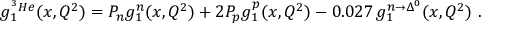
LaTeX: g _ { 1 } ^ { ^ 3 H e } ( x , Q ^ { 2 } ) = P _ { n } g _ { 1 } ^ { n } ( x , Q ^ { 2 } ) + 2 P _ { p } g _ { 1 } ^ { p } ( x , Q ^ { 2 } ) - 0 . 0 2 7 \, g _ { 1 } ^ { n \rightarrow \Delta ^ { 0 } } ( x , Q ^ { 2 } ) \ .